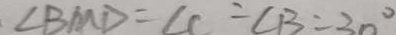
. \angle B M D = \angle C = \angle B = 3 0 ^ { \circ }